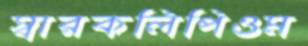
স্বারকলিপিওম